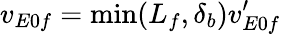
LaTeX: v_{E0f}=\mathrm{min}(L_{f},\delta_{b})v_{E0f}^{\prime}